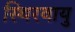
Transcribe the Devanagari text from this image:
स्थिरवायु